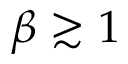
\beta \gtrsim 1